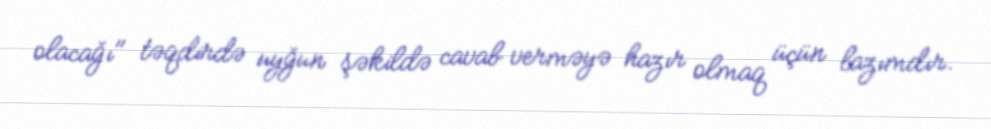
olacağı" təqdirdə uyğun şəkildə cavab verməyə hazır olmaq üçün lazımdır.